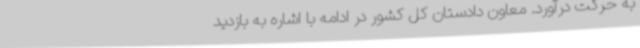
به حرکت درآورد. معاون دادستان کل کشور در ادامه با اشاره به بازدید